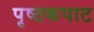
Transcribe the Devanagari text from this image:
पृष्ठकपाट